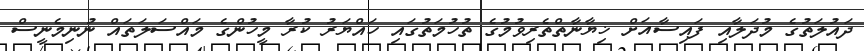
ދައުލަތުގެ މުދަލާއި ފައިސާއަށް ޚިޔާނާތްތެރިވުމުގެ ތުހުމަތުގައި ހައްޔަރު ކުރާ މީހުންގެ މައްސަލަތައް ނުނިމެނީސް